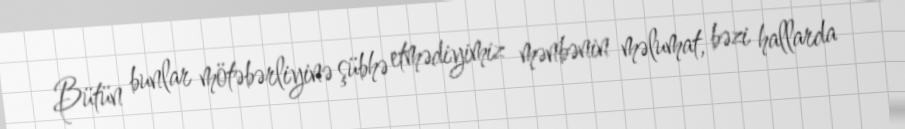
Bütün bunlar mötəbərliyinə şübhə etmədiyimiz mənbənin məlumat, bəzi hallarda